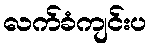
လက်ခံကျင်းပ